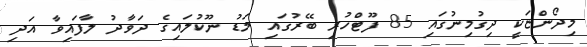
މިދޯންޏަކީ ދިގުމިނުގައި 85 ފޫޓްހުރި ބޭރުގައި މަޑު ނޫކުލައިގެ ދަވާދު ލާފައިވާ އަދި